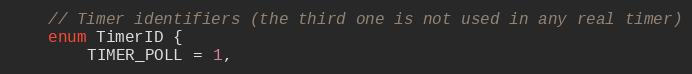
Language: C
	// Timer identifiers (the third one is not used in any real timer)
	enum TimerID {
		TIMER_POLL = 1,